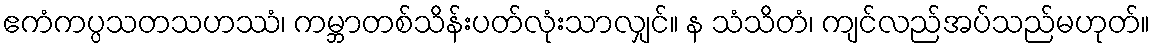
ဧကံကပ္ပသတသဟဿံ၊ ကမ္ဘာတစ်သိန်းပတ်လုံးသာလျှင်။ န သံသိတံ၊ ကျင်လည်အပ်သည်မဟုတ်။